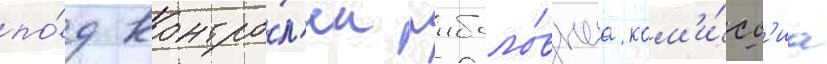
по́д контро́л'ем рыболо́внаа ком'и́сс'иа